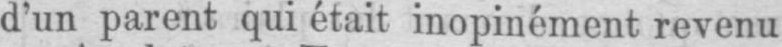
d’un parent qui était inopinément revenu